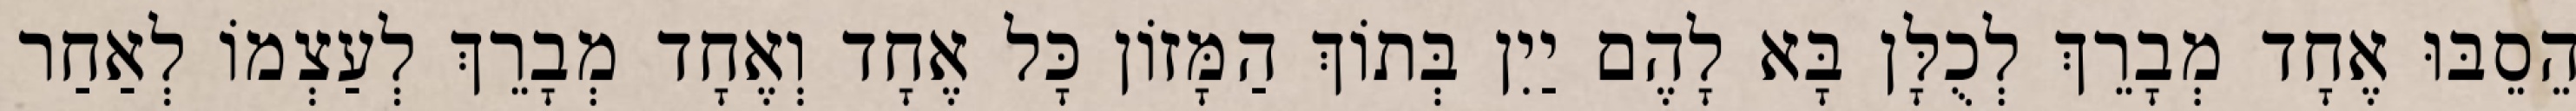
הֵסֵבּוּ אֶחָד מְבָרֵךְ לְכֻלָּן בָּא לָהֶם יַיִן בְּתוֹךְ הַמָּזוֹן כָּל אֶחָד וְאֶחָד מְבָרֵךְ לְעַצְמוֹ לְאַחַר